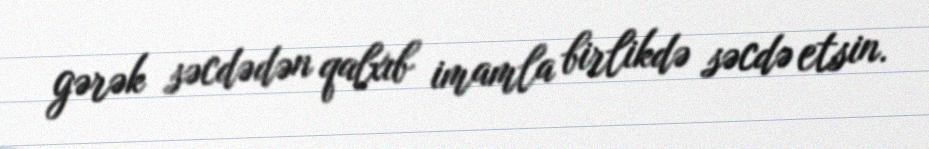
gərək səcdədən qalxıb imamla birlikdə səcdə etsin.